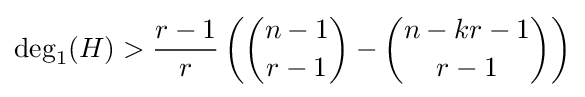
\deg _{1}(H)>{\frac {r-1}{r}}\left({{\binom {n-1}{r-1}}-{\binom {n-kr-1}{r-1}}}\right)